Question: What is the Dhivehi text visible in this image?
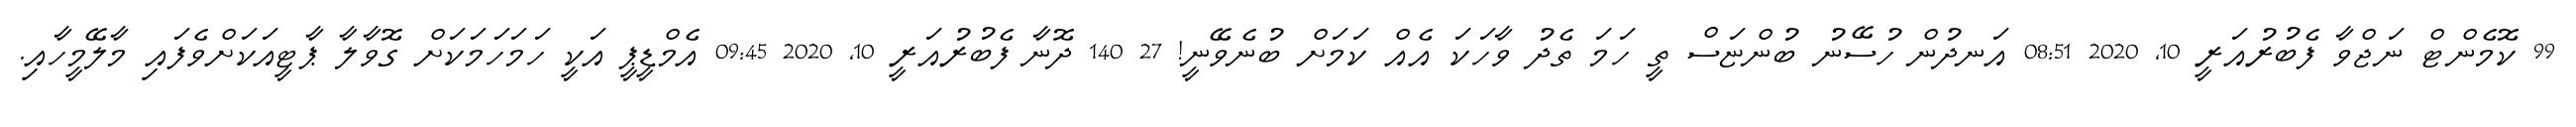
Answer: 99 ކޮމެންޓް ނަޖްވާ ފެބުރުއަރީ 10, 2020 08:51 އަނދުން ހުސޭނު ބުންޏަސް ތީ ހަމަ ތެދު ވާހަކަ އެއް ކަމަށް ބުނެވޭނީ! 27 140 ދޮނާ ފެބުރުއަރީ 10, 2020 09:45 އެމްޑީޕީ އަކީ ހަމަހަމަކަށް ގޮވާލާ ޕާޓީއަކަށްވެފައި މާލޭމީހާއި.